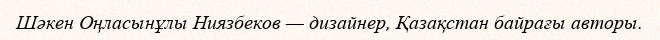
Шәкен Оңласынұлы Ниязбеков — дизайнер, Қазақстан байрағы авторы.